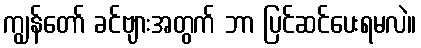
ကျွန်တော် ခင်ဗျားအတွက် ဘာ ပြင်ဆင်ပေးရမလဲ။